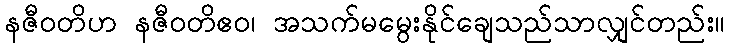
နဇီဝတိဟ နဇီဝတိဧဝ၊ အသက်မမွေးနိုင်ချေသည်သာလျှင်တည်း။